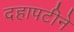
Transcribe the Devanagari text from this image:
दहापटीने